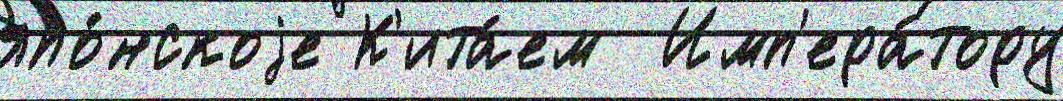
япо́нскоjе К'ита́ем  Имп'ера́тору